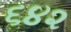
૬૪૨